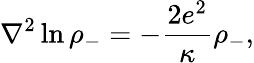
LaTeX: {\nabla}^{2}\ln{{\rho}_{-}}=-{\frac{2e^{2}}{\kappa}}{\rho}_{-},